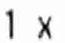
1 X